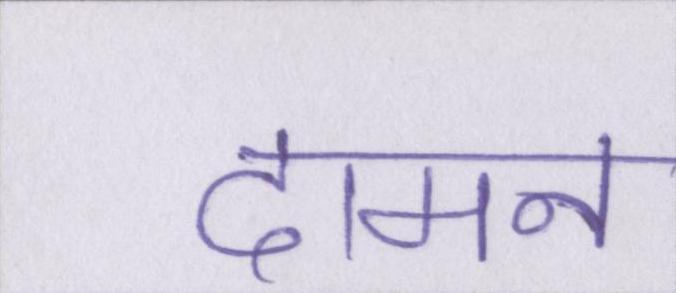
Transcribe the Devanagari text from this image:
दामन